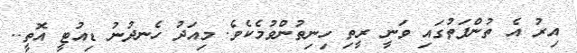
އިރު އެ ތުންފަތުގައި ވަނީ ރީތި ހިނިތުންވުމެކެވެ. މިއަދު ހެނދުނު ޑިއުޓީ އޮތީ..